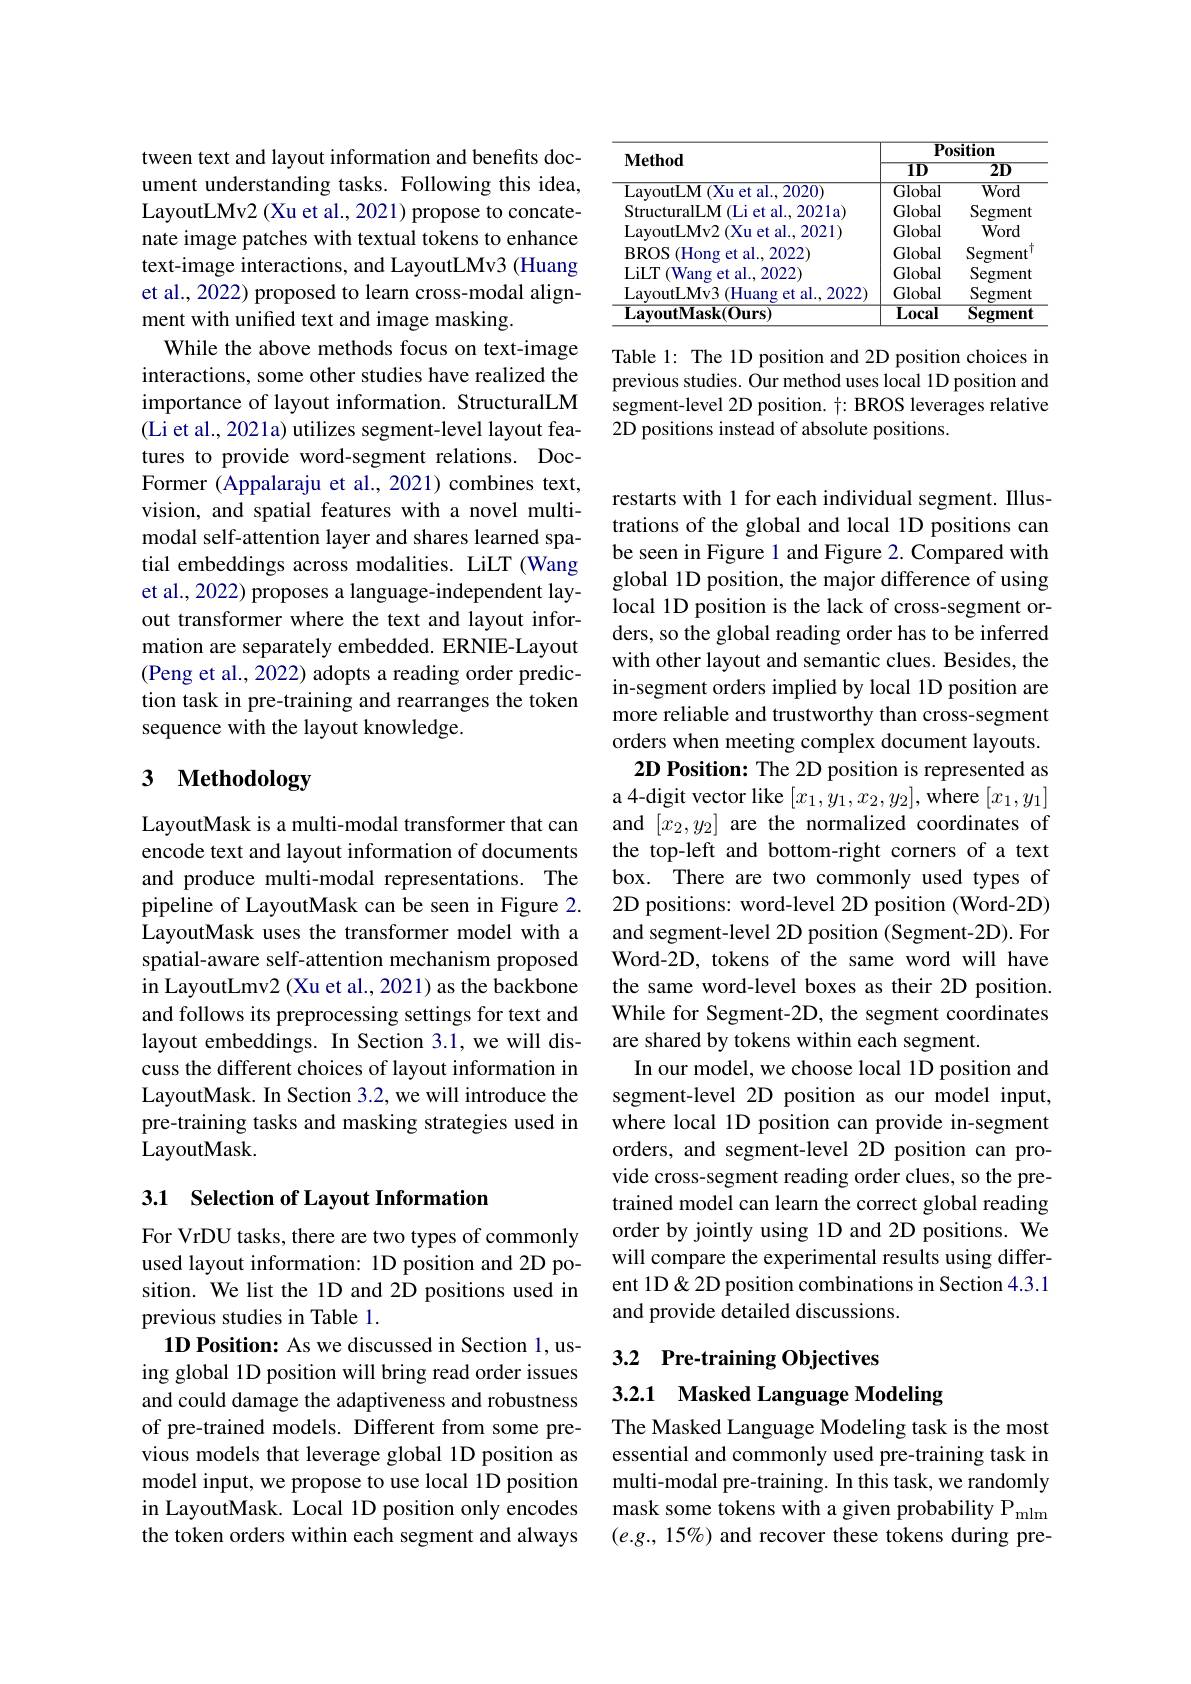
tween text and layout information and benefits document understanding tasks. Following this idea, LayoutLMv2 (Xu et al., 2021) propose to concatenate image patches with textual tokens to enhance text-image interactions, and LayoutLMv3 (Huang et al., 2022) proposed to learn cross-modal alignment with unified text and image masking.
While the above methods focus on text-image interactions, some other studies have realized the importance of layout information. StructuralLM (Li et al., 2021a) utilizes segment-level layout features to provide word-segment relations. DocFormer (Appalaraju et al., 2021) combines text, vision, and spatial features with a novel multimodal self-attention layer and shares learned spatial embeddings across modalities. LiLT (Wang et al., 2022) proposes a language-independent layout transformer where the text and layout information are separately embedded. ERNIE-Layout (Peng et al., 2022) adopts a reading order prediction task in pre-training and rearranges the token sequence with the layout knowledge.

# 3 Methodology

LayoutMask is a multi-modal transformer that can encode text and layout information of documents and produce multi-modal representations. The pipeline of LayoutMask can be seen in Figure 2. LayoutMask uses the transformer model with a spatial-aware self-attention mechanism proposed in LayoutLmv2 (Xu et al., 2021) as the backbone and follows its preprocessing settings for text and layout embeddings. In Section 3.1, we will discuss the different choices of layout information in LayoutMask. In Section 3.2, we will introduce the pre-training tasks and masking strategies used in LayoutMask.

## 3.1 Selection of Layout Information

For VrDU tasks, there are two types of commonly used layout information: 1D position and 2D position. We list the 1D and 2D positions used in previous studies in Table 1.
1D Position: As we discussed in Section 1, using global 1D position will bring read order issues and could damage the adaptiveness and robustness of pre-trained models. Different from some previous models that leverage global 1D position as model input, we propose to use local 1D position in LayoutMask. Local 1D position only encodes the token orders within each segment and always

<table>
	<tbody>
		<tr>
			<th rowspan="1">$\mathbf{Method}$</th>
			<th colspan="2">$\overline{\mathbf{P}_{0}}$sition</th>
		</tr>
		<tr>
			<td>$\overline{{\textbf{LavoutMask}(0urs)}}$</td>
			<td>$\overline{{\mathrm{Local}}}$</td>
			<td>Segment</td>
		</tr>
	</tbody>
</table>

Table 1: The 1D position and 2D position choices in previous studies. Our method uses local 1D position and segment-level 2D position. $\dagger:$ BROS leverages relative 2D positions instead of absolute positions.

restarts with 1 for each individual segment. Illustrations of the global and local 1D positions can be seen in Figure 1 and Figure 2. Compared with global 1D position, the major difference of using local 1D position is the lack of cross-segment orders, so the global reading order has to be inferred with other layout and semantic clues. Besides, the in-segment orders implied by local 1D position are more reliable and trustworthy than cross-segment orders when meeting complex document layouts. 2D Position: The 2D position is represented as a 4-digit vector like $[x_1,y_1,x_2,y_2]$,where $[x_1,y_1]$ and $[x_2,y_2]$ are the normalized coordinates of the top-left and bottom-right corners of a text box. There are two commonly used types of 2D positions: word-level 2D position (Word-2D) and segment-level 2D position (Segment-2D). For Word-2D, tokens of the same word will have the same word-level boxes as their 2D position. While for Segment-2D, the segment coordinates are shared by tokens within each segment.
In our model, we choose local 1D position and segment-level 2D position as our model input, where local 1D position can provide in-segment orders, and segment-level 2D position can provide cross-segment reading order clues, so the pretrained model can learn the correct global reading order by jointly using 1D and 2D positions. We will compare the experimental results using different 1D& 2D position combinations in Section 4.3.1 and provide detailed discussions.

3.2 Pre-training Objectives

3.2.1 Masked Language Modeling

The Masked Language Modeling task is the most essential and commonly used pre-training task in multi-modal pre-training. In this task, we randomly mask some tokens with a given probability P mlm $(e.g.,15\%)$ and recover these tokens during pre-